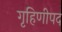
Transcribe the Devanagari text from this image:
गृहिणीपद